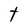
Character: t